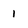
Character: 1